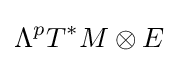
\Lambda ^{p}T^{*}M\otimes E